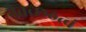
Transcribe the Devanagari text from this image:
नैतच्छठत्वं